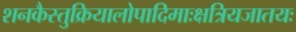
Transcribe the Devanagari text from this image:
शनकैस्तुक्रियालोपादिमाःक्षत्रियजातयः